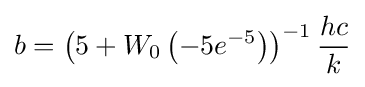
b=\left(5+W_{0}\left(-5e^{-5}\right)\right)^{-1}{\frac {hc}{k}}